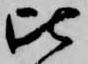
比